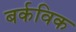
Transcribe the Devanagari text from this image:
बर्कविक